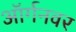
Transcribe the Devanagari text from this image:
ऑर्गनवर